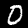
Digit: 0